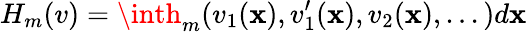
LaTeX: H_{m}(v)=\inth_{m}(v_{1}(\mathbf{x}),v_{1}^{\prime}(\mathbf{x}),v_{2}(\mathbf{x}),...)d\mathbf{x}